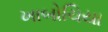
ખાબોચિયા